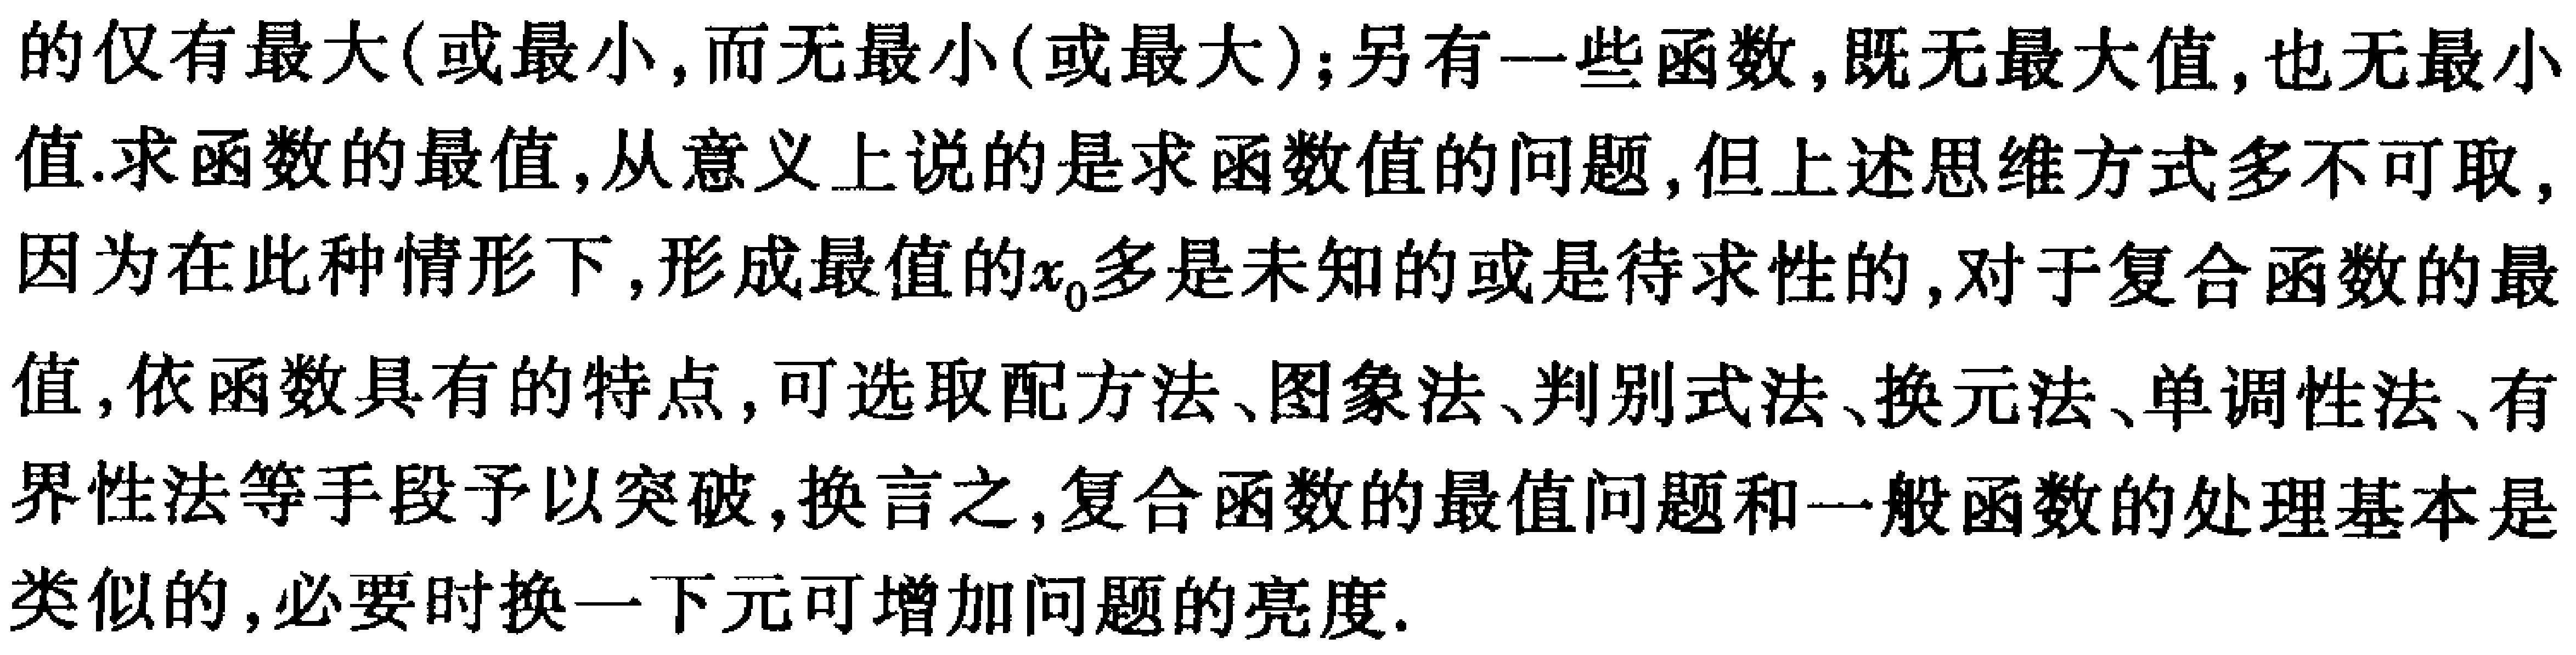
的仅有最大(或最小,而无最小(或最大);另有一些函数,既无最大值,也无最小值.求函数的最值,从意义上说的是求函数值的问题,但上述思维方式多不可取,因为在此种情形下,形成最值的\(x_{0}\)多是未知的或是待求性的,对于复合函数的最值,依函数具有的特点,可选取配方法、图象法、判别式法、换元法、单调性法、有界性法等手段予以突破,换言之,复合函数的最值问题和一般函数的处理基本是类似的,必要时换一下元可增加问题的亮度.